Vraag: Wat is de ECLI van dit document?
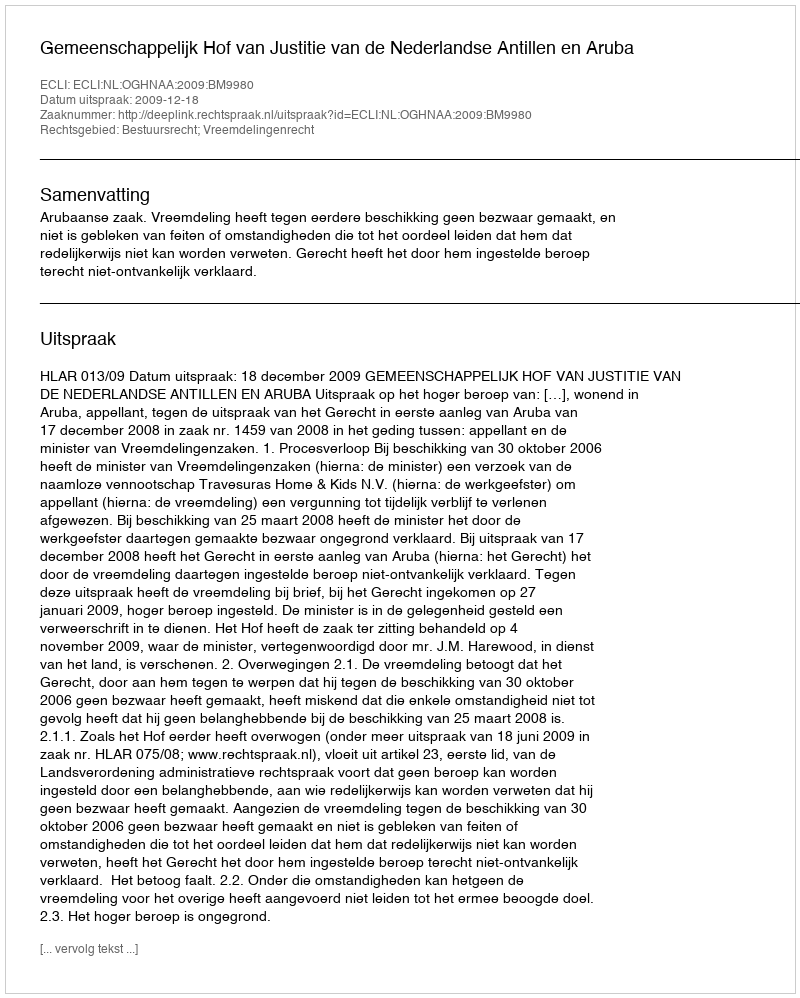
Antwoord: ECLI:NL:OGHNAA:2009:BM9980